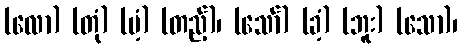
(လော) (တုံ) (မံ့) (တည့်)၊ (သော်) (ခံ့) (ဘူး) (သော)၊